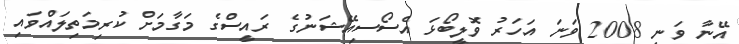
އޭނާ ވަނީ 2008 ވަނަ އަހަރު ވޮލީބޯޅަ އެސޯސިއޭޝަނުގެ ރައީސްގެ މަގާމަށް ކުރިމަތިލައްވައި